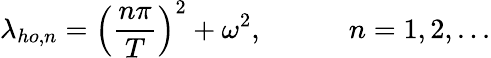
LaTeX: \lambda_{ho,n}=\left(\frac{n\pi}{T}\right)^{2}+\omega^{2},\mathrm{\ \ \ \ \ \ \ \ \ \ \ \ }n=1,2,...